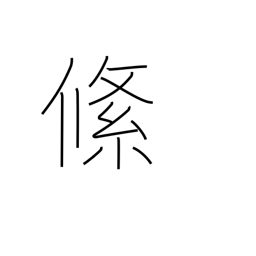
Meaning: braid